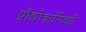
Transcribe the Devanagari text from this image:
प्रौद्योकगिकी